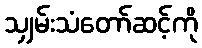
သျှမ်းသံတော်ဆင့်ကို